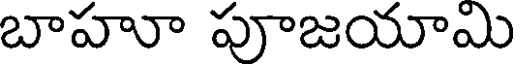
బాహూ పూజయామి